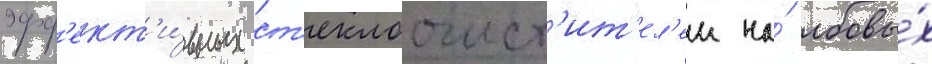
эфф'ект'и́вных ст'еклоочист'ит'ел'еи на́ лобовы́х